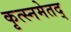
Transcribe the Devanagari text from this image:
कृत्स्नमेतद्